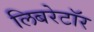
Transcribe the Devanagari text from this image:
लिबरेटॉर